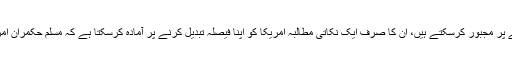
لیکن عوام اپنے حکمرانوں کو شدید ردعمل دینے پر مجبور کرسکتے ہیں، ان کا صرف ایک نکاتی مطالبہ امریکا کو اپنا فیصلہ تبدیل کرنے پر آمادہ کرسکتا ہے کہ مسلم حکمران امریکا سے معاشی اور تجارتی تعلقات ختم کرلیں۔